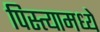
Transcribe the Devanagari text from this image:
पिस्त्यामध्ये